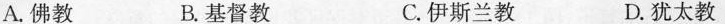
A.佛教 B.基督教 C.伊斯兰教 D.犹太教